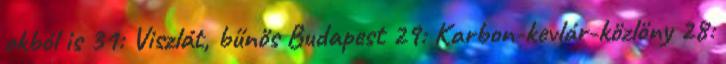
okból is 31: Viszlát, bűnös Budapest 29: Karbon-kevlár-közlöny 28: